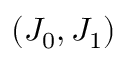
( J _ { 0 } , J _ { 1 } )